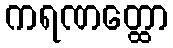
ကရဏတ္ထော